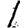
Digit: 1